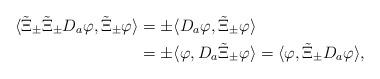
LaTeX: \begin{align*}\langle \tilde{\Xi}_\pm\tilde{\Xi}_\pm D_a\varphi, \tilde{\Xi}_\pm\varphi\rangle&=\pm \langle D_a\varphi, \tilde{\Xi}_\pm\varphi\rangle\\&=\pm \langle \varphi, D_a\tilde{\Xi}_\pm\varphi\rangle=\langle \varphi, \tilde{\Xi}_\pm D_a\varphi\rangle, \end{align*}